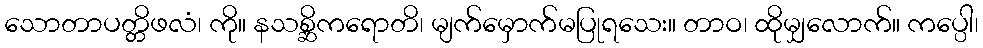
သောတာပတ္တိဖလံ၊ ကို။ နသစ္ဆိကရောတိ၊ မျက်မှောက်မပြုရသေး။ တာဝ၊ ထိုမျှလောက်။ ကပ္ပေါ၊